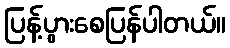
ပြန့်ပွားစေပြန်ပါတယ်။